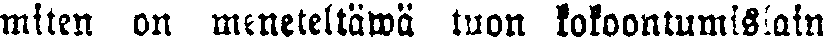
miten on meneteltäwä tuon kokoontumislain